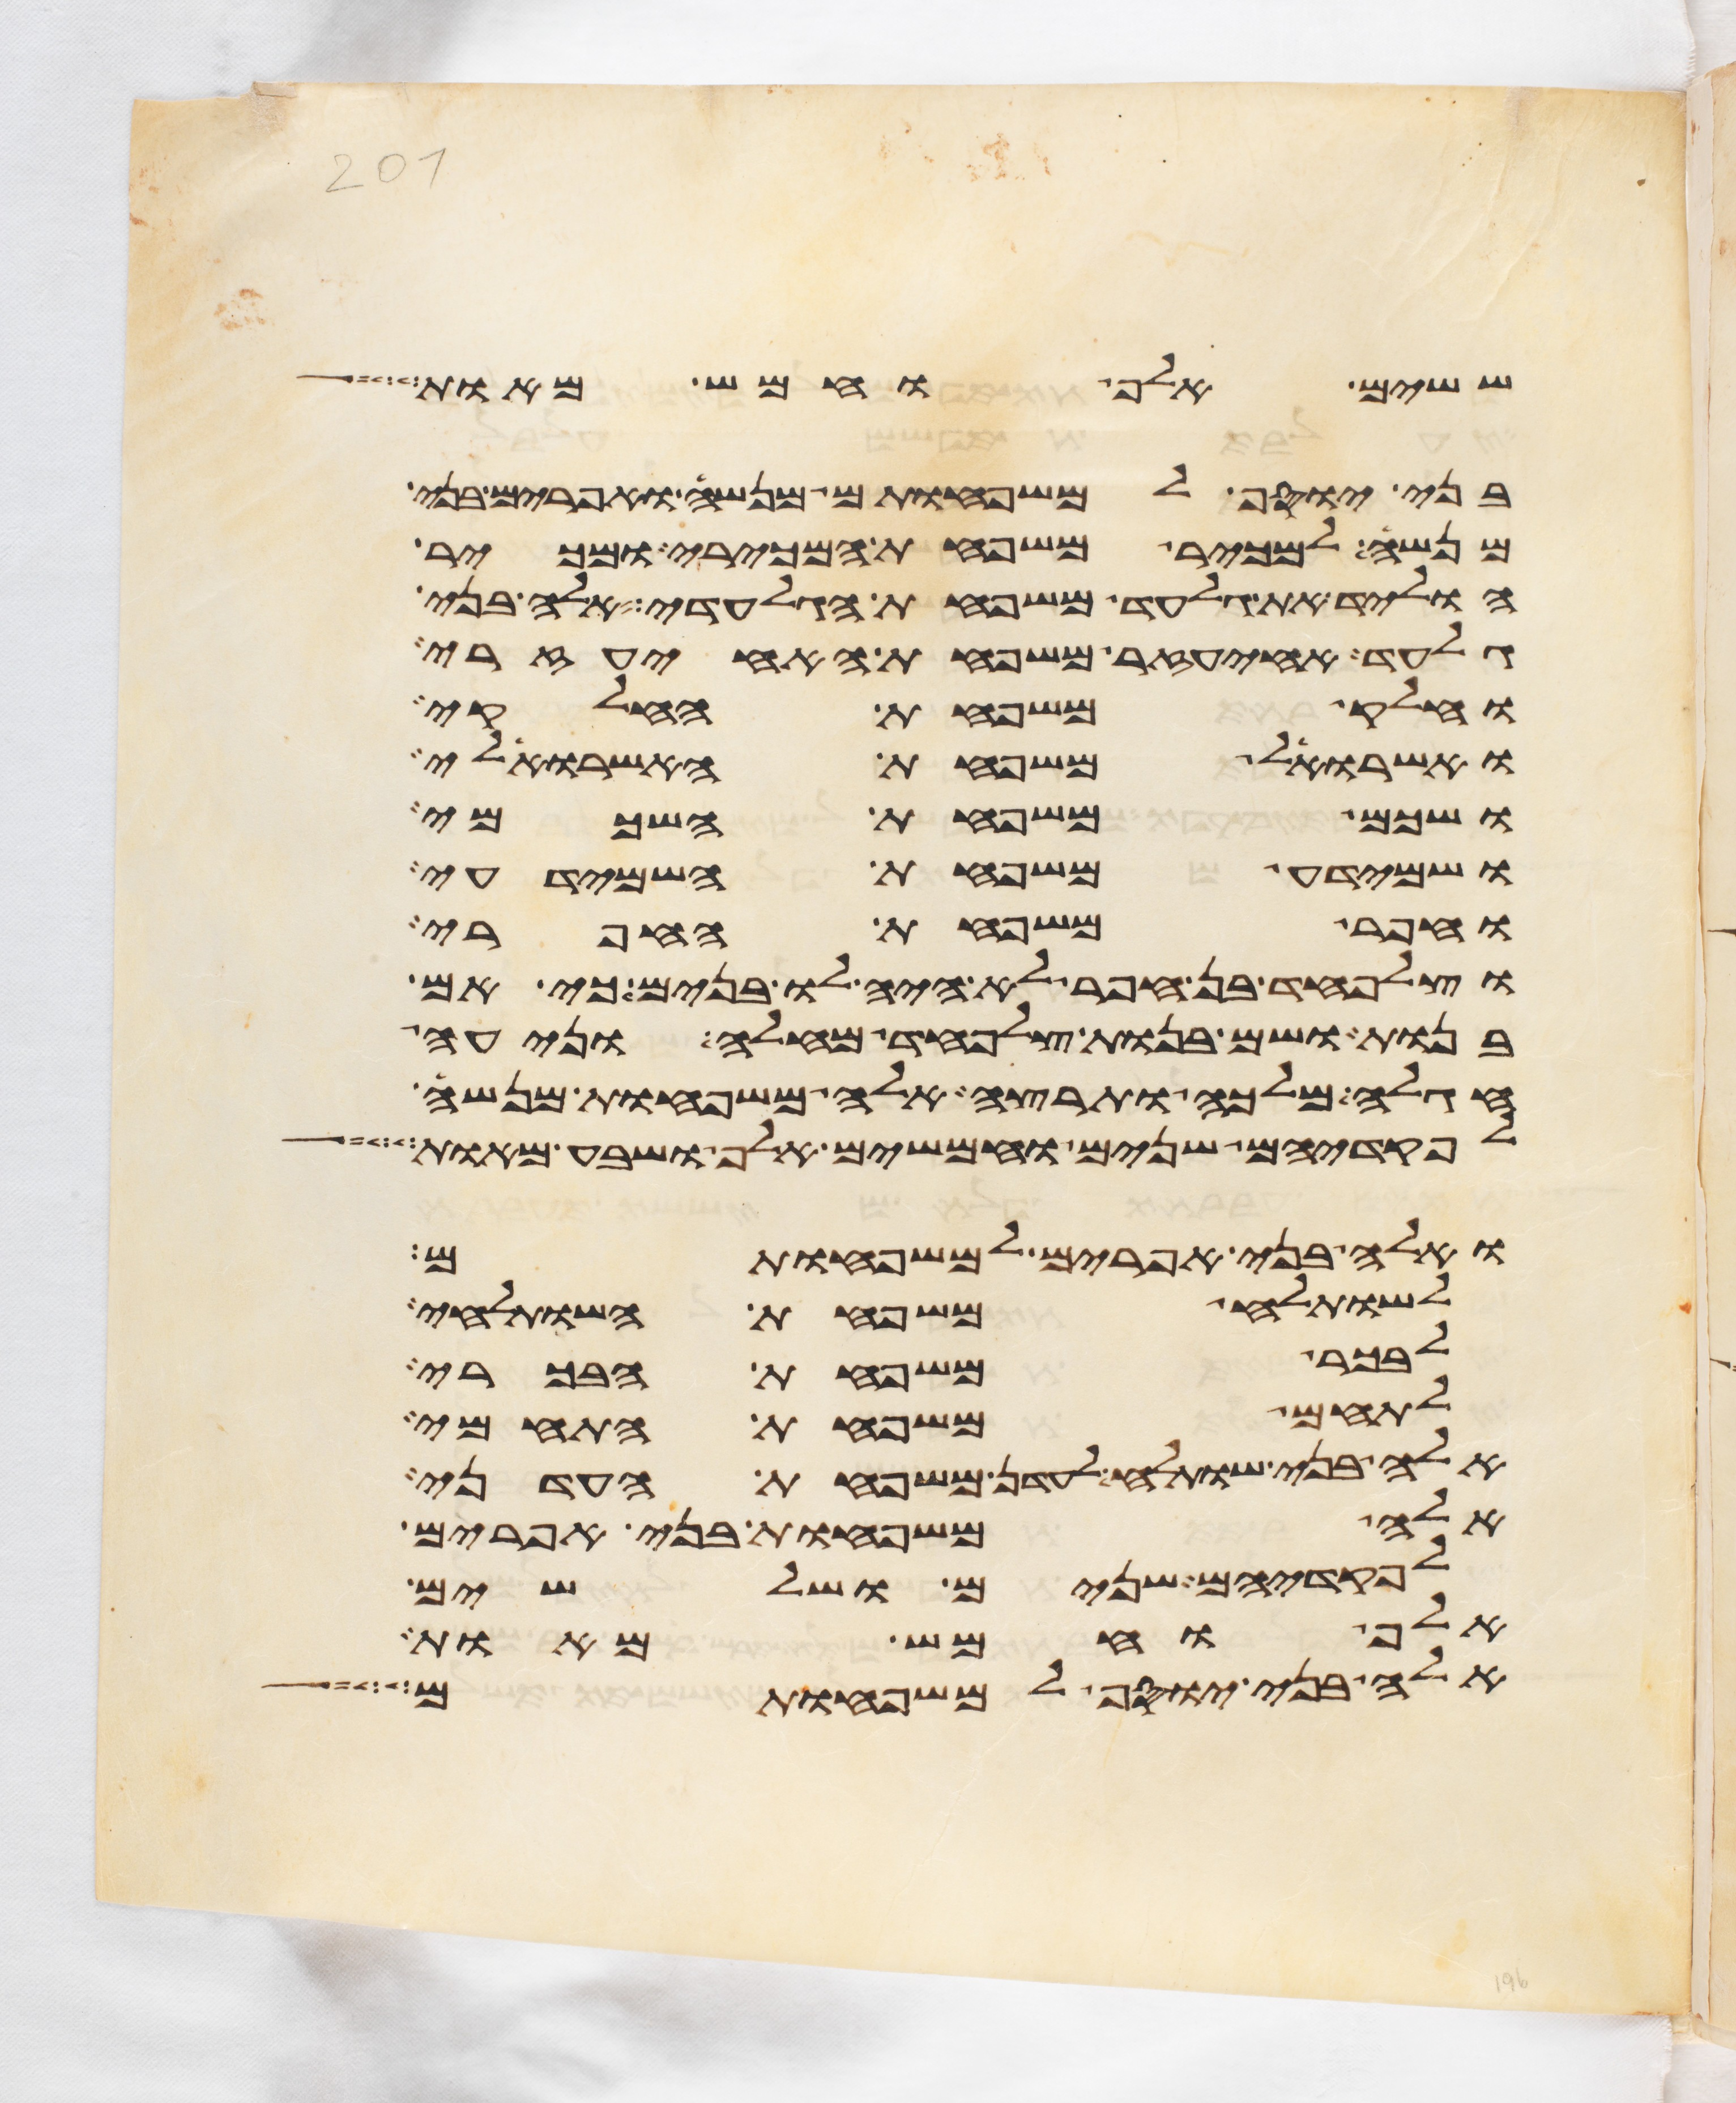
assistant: ששים אלף וחמש מאות
בני יוסף למשפחותם מנשה ואפרים בני
מנשה למכיר משפחת המכירי ומכיר
הוליד את גלעד משפחת הגלעדי אלה בני
גלעד איעזר משפחת האיעזרי
וחלק משפחת החלקי
ואשרואל משפחת האשרואלי
ושכם משפחת השכמי
ושמידע משפחת השמידעי
וחפר משפחת החפרי
וצלפחד בן חפר לא היה לו בנים כי אם
בנות ושם בנות צלפחד מחלה ונעה
חגלה מלכה ותרצה אלה משפחות מנשה
לפקדיהם שנים וחמשים אלף ושבע מאות
ואלה בני אפרים למשפחותם
לשותלח משפחת השותלחי
לבכר משפחת הבכרי
לתחם משפחת התחמי
אלה בני שותלח לעדן משפחת העדני
אלה משפחות בני אפרים
לפקדיהם שנים ושלשים
אלף וחמש מאות
אלה בני יוסף למשפחותם